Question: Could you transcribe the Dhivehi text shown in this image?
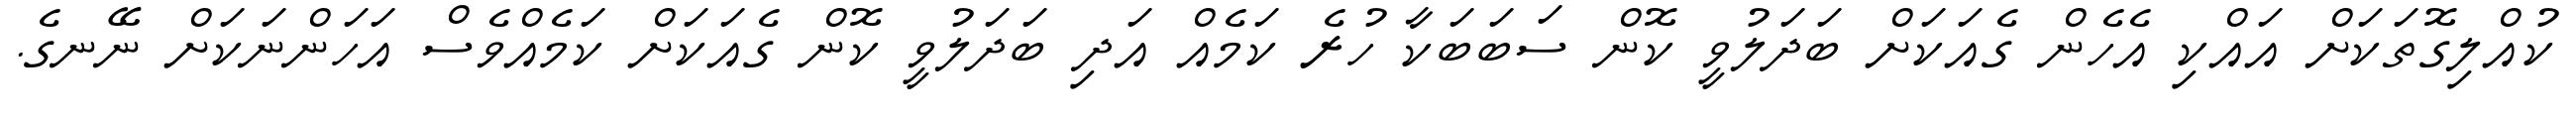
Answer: ކުއްލިގޮތަކަށް އައްކި އެހެން ގެއަކަށް ބަދަލުވީ ކޮން ސަބަބަކާ ހުރެ ކަމެއް އަދި ބަދަލުވީ ކޮން ގެއަކަށް ކަމެއްވެސް އަހަންނަކަށް ނޭނގެ.